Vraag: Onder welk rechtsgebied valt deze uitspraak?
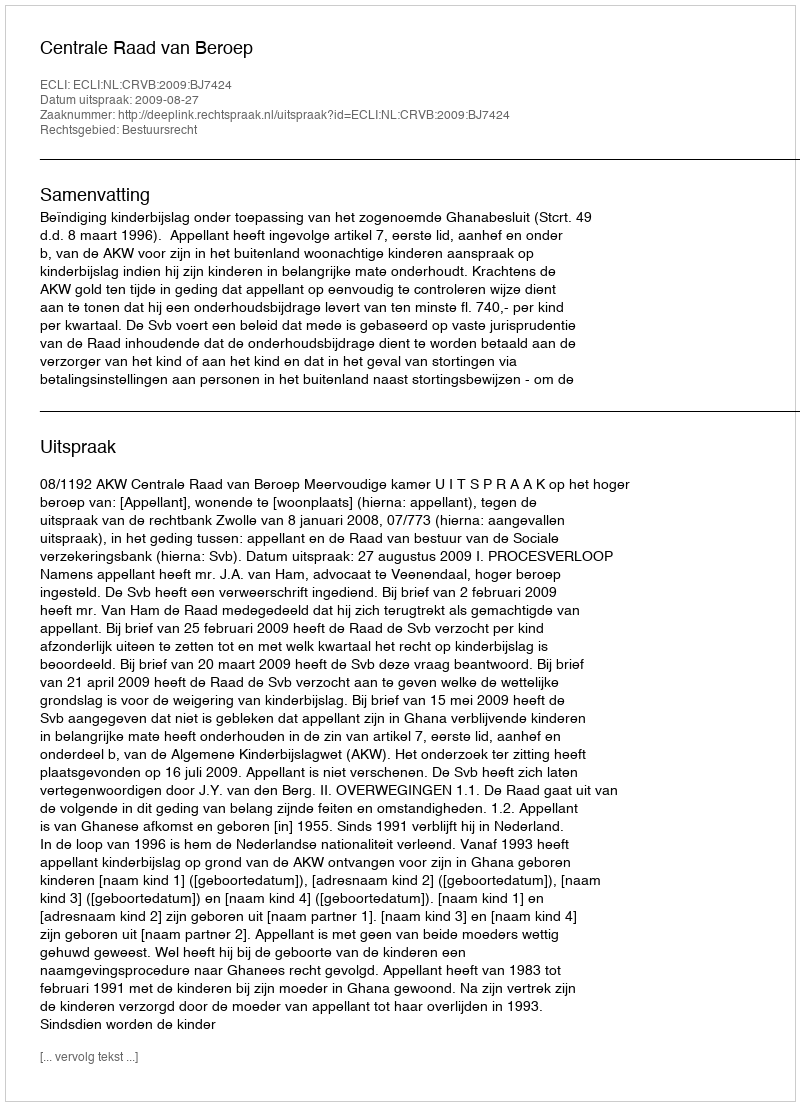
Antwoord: Bestuursrecht